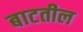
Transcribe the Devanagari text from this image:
बाटतील